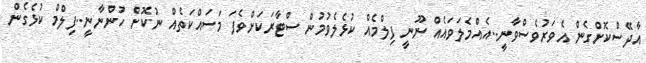
އާދޭސްކޮށްގެން އެވަރުވެސްވާނީ..އެއްމެލަވައެއް ނޫނީ ފިލްމެއް ކުޅެލެވުމުން ސްޓާރަކަށްވެފަ މަސައްކަތެއް ނުކޮށް ހުންނާނީ..ފިލްމް ކުޅެގެން